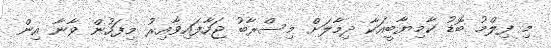
މި ފިލްމު ބޮޑު ކާމިޔާބީއަކާ ދިމާލަށް މިސްރާބު ޖަހާފައިވާއިރު މިފަހުން ވާނާ އިން